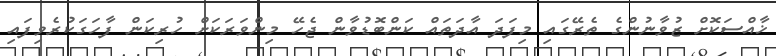
ޚާއްސަކޮށް ޒުވާނުންގެ ތެރޭގައި މިފަދަ އާދަތައް ކަންބޮޑުވާން ޖެހޭ މިންވަރަކަށް ހުރިކަން ފާހަގަކުރެވިފައި